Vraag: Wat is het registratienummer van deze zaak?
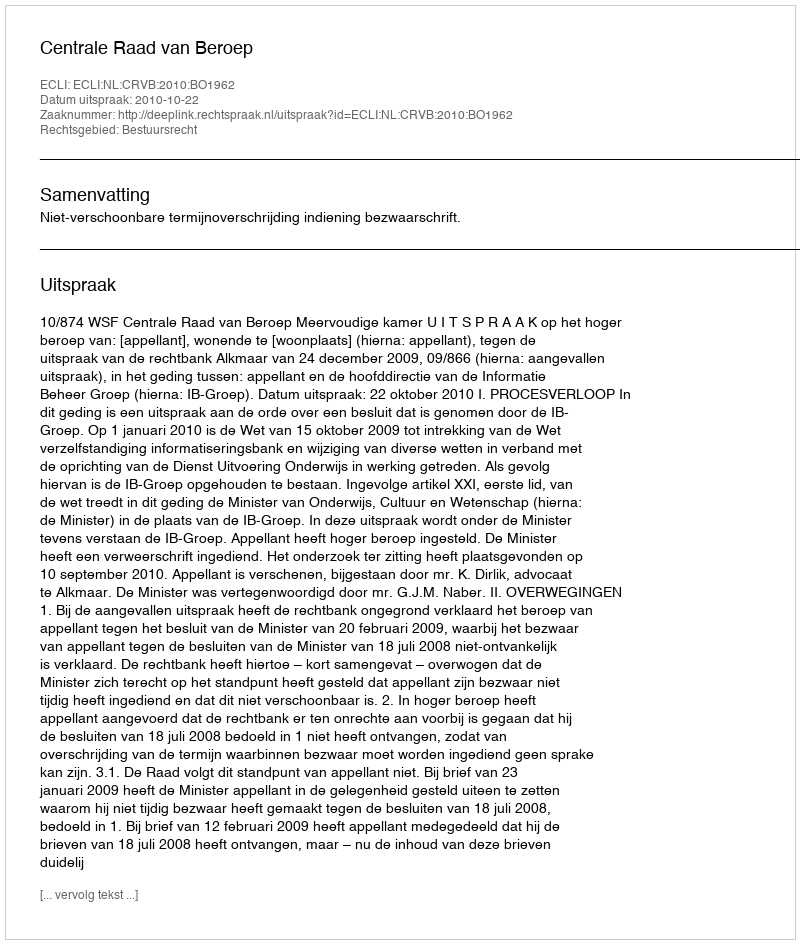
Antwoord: http://deeplink.rechtspraak.nl/uitspraak?id=ECLI:NL:CRVB:2010:BO1962